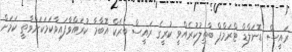
ރައީސް ޑޮނަލްޑް ޓްރަމްޕް ބާތިލުކުރެއްވީ ކުރީގެ ރައީސް ބެރެކް އޮބާމާ ކުރައްވާފައިވާކަމަކަށްވާތީ ކަމަށް